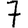
Digit: 7